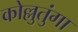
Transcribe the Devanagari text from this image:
कोल्लुतुंगा